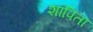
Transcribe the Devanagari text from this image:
शापिता